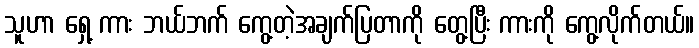
သူဟာ ရှေ့ ကား ဘယ်ဘက် ကွေ့တဲ့အချက်ပြတာကို တွေ့ပြီး ကားကို ကွေ့လိုက်တယ်။